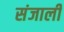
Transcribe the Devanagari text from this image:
संजाली